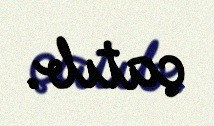
çatıb.